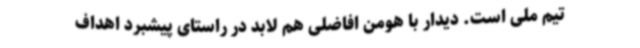
تیم ملی است. دیدار با هومن افاضلی هم لابد در راستای پیشبرد اهداف